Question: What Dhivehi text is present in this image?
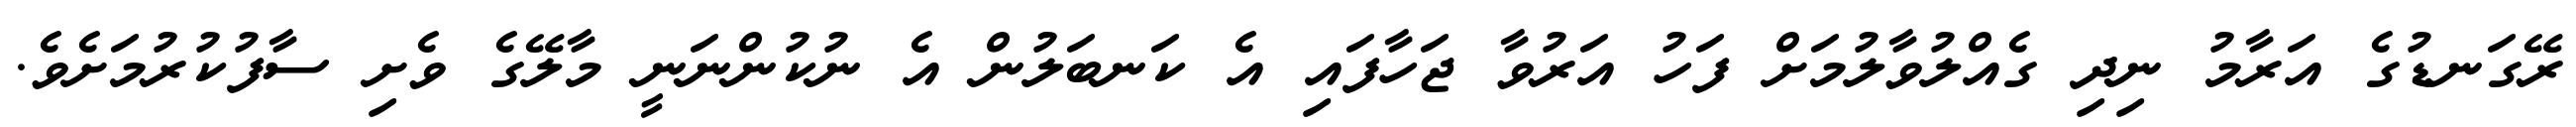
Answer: ރޭގަނޑުގެ އަރާމު ނިދި ގެއްލުވާލުމަށް ފަހު އަރުވާ ޖަހާފައި އެ ކަނބަލުން އެ ނުކުންނަނީ މާލޭގެ ވެށި ސާފުކުރުމަށެވެ.